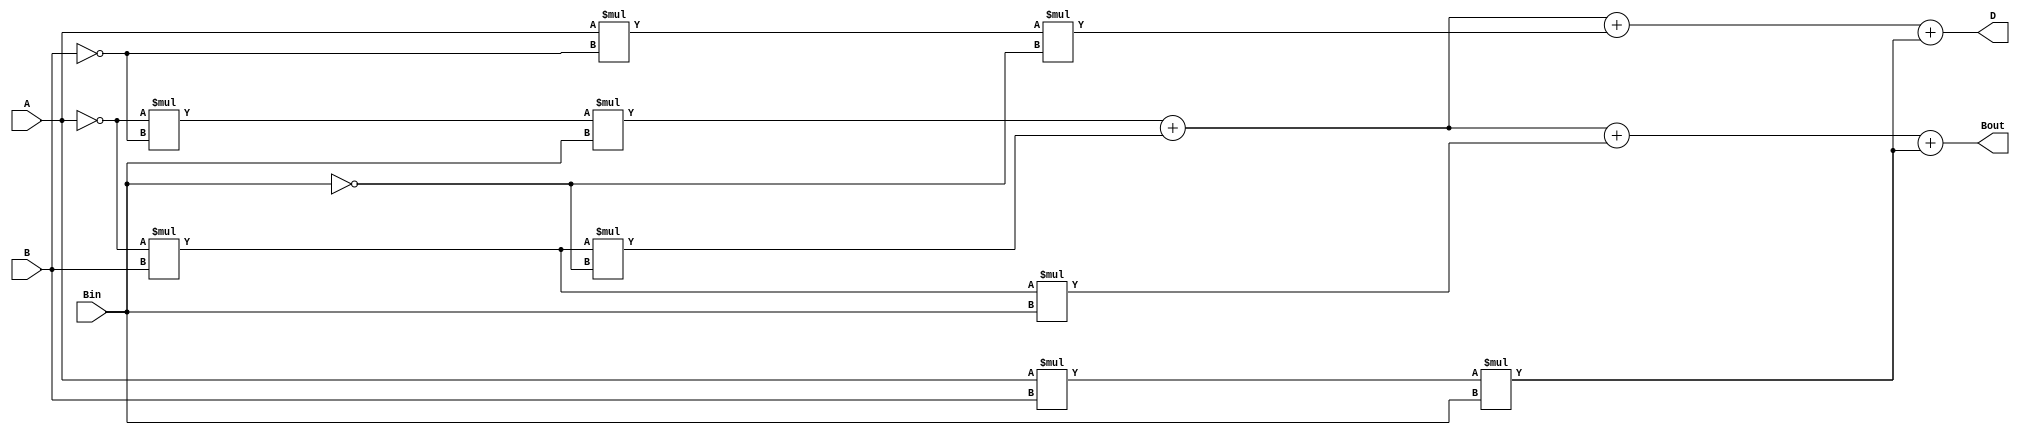
module sub_1_bit (
    input wire A,
    input wire B,
    input wire Bin,
    output wire D,
    output wire Bout
);
    
assign D = (!A)*(!B)*Bin + (!A)*B*(!Bin) + A*(!B)*(!Bin) + A*B*Bin;
assign Bout = (!A)*(!B)*Bin + (!A)*B*(!Bin) + (!A)*B*Bin + A*B*Bin;



/* A*B+((!A)*B+A*(!B))*Cin;
 */
endmodule